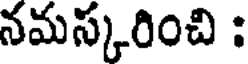
నమస్కరించి :